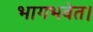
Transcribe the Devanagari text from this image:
भागभवेत।